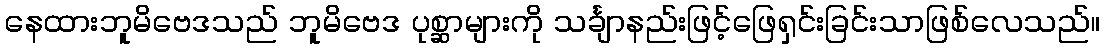
နေထားဘူမိဗေဒသည် ဘူမိဗေဒ ပုစ္ဆာများကို သင်္ချာနည်းဖြင့်ဖြေရှင်းခြင်းသာဖြစ်လေသည်။